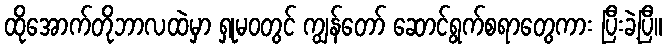
ထိုအောက်တိုဘာလထဲမှာ ရှုမဝတွင် ကျွန်တော် ဆောင်ရွက်စရာတွေကား ပြီးခဲ့ပြီ။